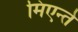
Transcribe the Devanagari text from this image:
मिएन्ते